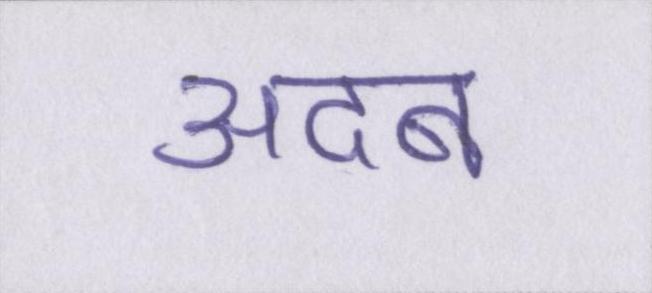
अदब